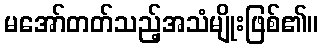
မအော်တတ်သည့်အသံမျိုးဖြစ်၏။